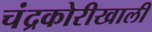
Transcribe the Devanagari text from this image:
चंद्रकोरीखाली